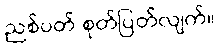
ညစ်ပတ် စုတ်ပြတ်လျက်။